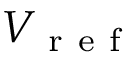
V _ { \mathrm { ~ r ~ e ~ f ~ } }